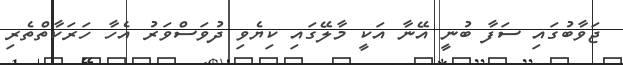
ޖަވާބުގައި ސަފާ ބުނީ އޭނާ އަކީ މާލޭގައި ކިޔެވި ދުވަސްވަރު އެހާ ހަރަކާތްތެރި